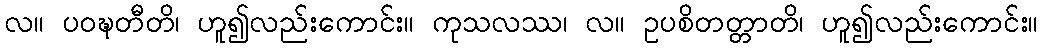
လ။ ပဝဍ္ဎတီတိ၊ ဟူ၍လည်းကောင်း။ ကုသလဿ၊ လ။ ဥပစိတတ္တာတိ၊ ဟူ၍လည်းကောင်း။